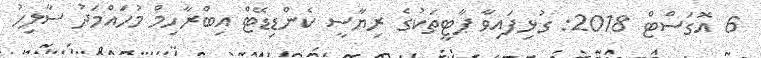
6 އޮގަސްޓް 2018: ގުޅިފައިވާ ޕާޓީތަކުގެ ރިޔާސީ ކެންޑިޑޭޓް އިބްރާހިމް މުހައްމަދު ސާލިހު